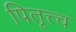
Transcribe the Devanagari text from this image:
पितृत्त्व